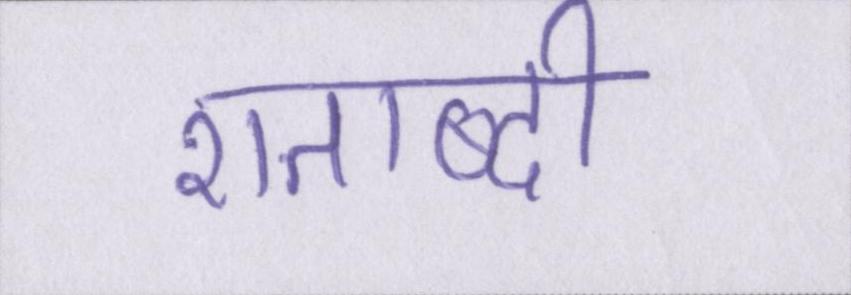
शताब्दी